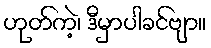
ဟုတ်ကဲ့၊ ဒီမှာပါခင်ဗျာ။